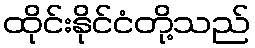
ထိုင်းနိုင်ငံတို့သည်